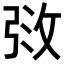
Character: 𫾰